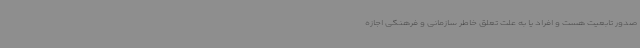
صدور تابعیت هست و افراد یا به علت تعلق خاطر سازمانی و فرهنگی اجازه